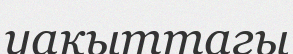
уақыттагы